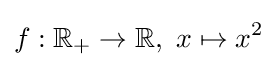
f:\mathbb {R} _{+}\to \mathbb {R} ,\ x\mapsto x^{2}